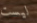
ليست